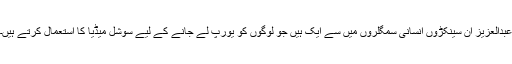
عبدالعزیز ان سینکڑوں انسانی سمگلروں میں سے ایک ہیں جو لوگوں کو یورپ لے جانے کے لیے سوشل میڈیا کا استعمال کرتے ہیں۔